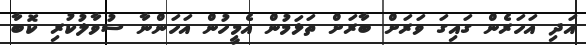
އަދި އަހަރެން ގައިގަ ވަރަށް ބާރަށް ތަޅަމުން އެމީހުން އަހަންނާ ސުވާލުކުރި ކޮބާ